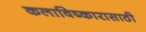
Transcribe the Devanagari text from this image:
कलाविष्कारासाठी